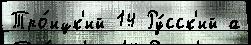
Тро́ицк'ий 14 Ру́сск'ий а